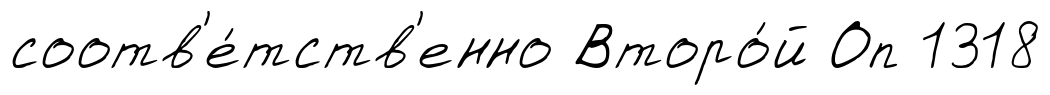
соотв'е́тств'енно Второ́й Оп 1318